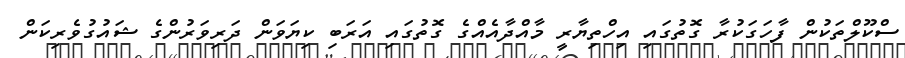
ސްކޫލްތަކުން ފާހަގަކުރާ ގޮތުގައި އިހްތިޔާރީ މާއްދާއެއްގެ ގޮތުގައި އަރަބި ކިޔަވަން ދަރިވަރުންގެ ޝައުގުވެރިކަން